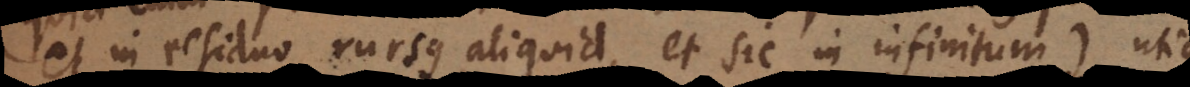
et in residuo rursus aliquid, et sic in infinitum), utique